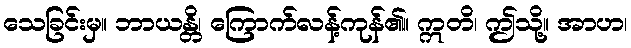
သေခြင်းမှ။ ဘာယန္တိ၊ ကြောက်လန့်ကုန်၏။ ဣတိ၊ ဤသို့။ အာဟ၊